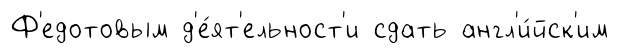
Ф'едотовым д'е́ят'ельност'и сдать англ'и́йск'им